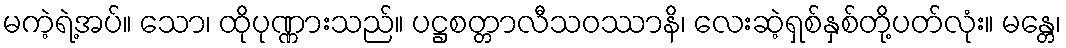
မကဲ့ရဲ့အပ်။ သော၊ ထိုပုဏ္ဏားသည်။ ပဋ္ဌစတ္တာလီသဝဿာနိ၊ လေးဆဲ့ရှစ်နှစ်တို့ပတ်လုံး။ မန္တေ၊